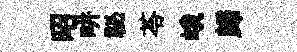
昭畊祕苓峨歸